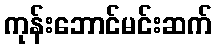
ကုန်းဘောင်မင်းဆက်